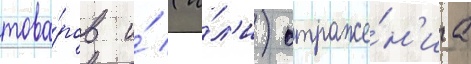
това́ров и́ (и́л'и) отраже́н'иа